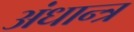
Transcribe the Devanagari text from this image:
अंधान्त्र